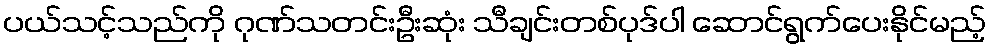
ပယ်သင့်သည်ကို ဂုဏ်သတင်းဦးဆုံး သီချင်းတစ်ပုဒ်ပါ ဆောင်ရွက်ပေးနိုင်မည့်